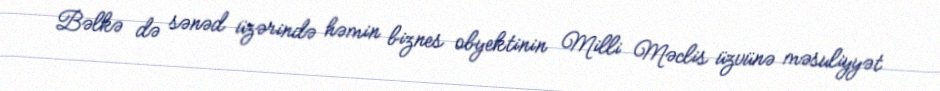
Bəlkə də sənəd üzərində həmin biznes obyektinin Milli Məclis üzvünə məsuliyyət